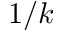
1 / k